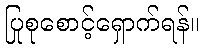
ပြုစုစောင့်ရှောက်ရန်။